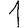
Digit: 1